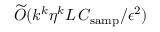
\widetilde { \cal O } ( k ^ { k } \eta ^ { k } L \, { \cal C } _ { \mathrm { s a m p } } / \epsilon ^ { 2 } )